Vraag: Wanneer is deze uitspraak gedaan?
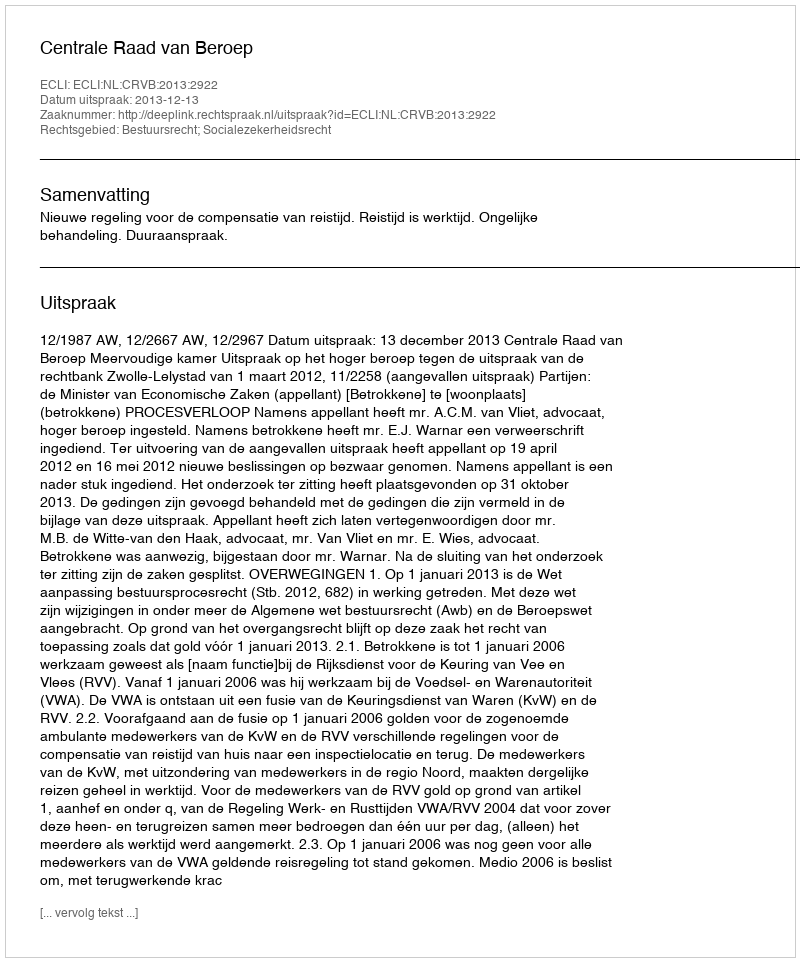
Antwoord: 2013-12-13